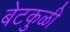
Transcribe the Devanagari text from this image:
बेटकुळी